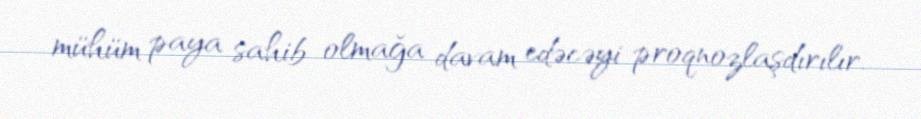
mühüm paya sahib olmağa davam edəcəyi proqnozlaşdırılır.